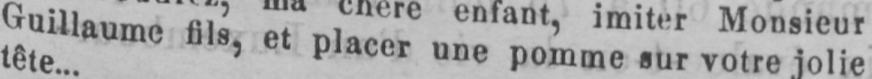
Guillaume fils, et placer une pomme sur votre jolie